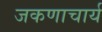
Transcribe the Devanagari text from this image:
जकणाचार्य